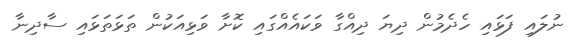
ނުލައި ފަޅައި ހެދެމުން ދިޔަ ދިއްގާ ވަކައެއްގައި ކޮށާ ވަޅިއަކުން ތަޅަތަޅައި ސާދިނާ